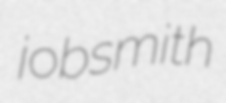
jobsmith